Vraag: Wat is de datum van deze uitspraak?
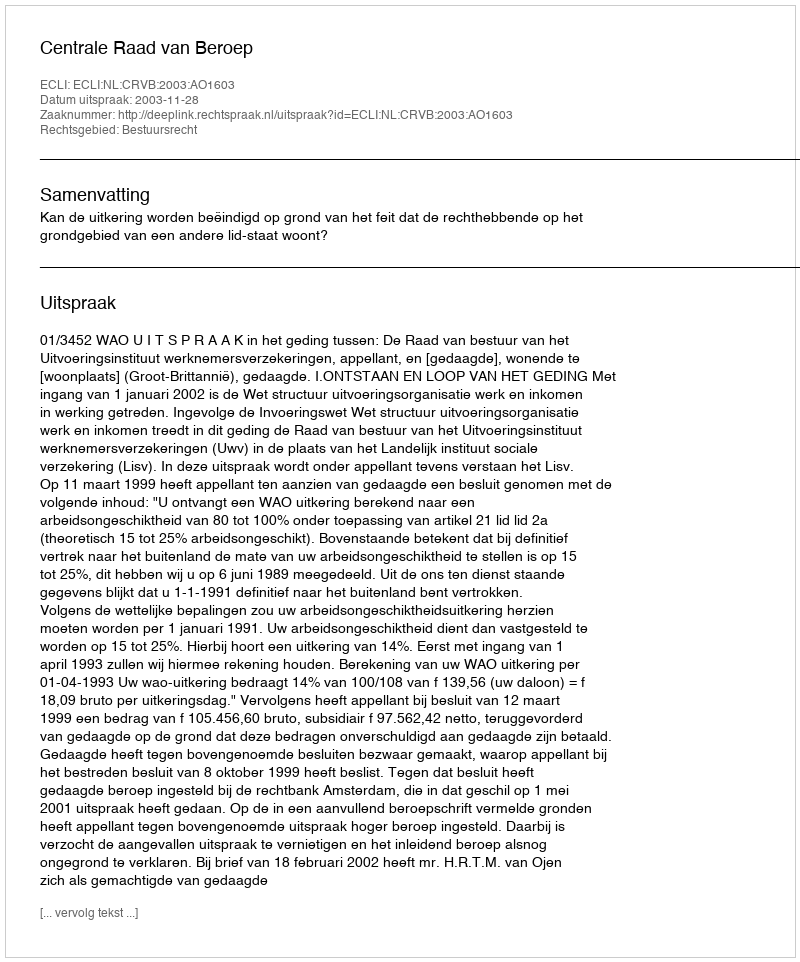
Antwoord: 2003-11-28